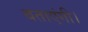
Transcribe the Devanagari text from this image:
बताएंगी।